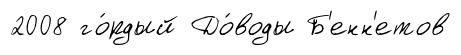
2008 го́рдый До́воды Б'енн'етов